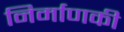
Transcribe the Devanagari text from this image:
निर्माणकी